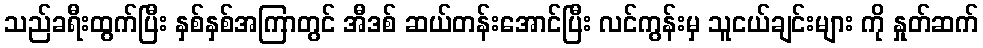
သည်ခရီးထွက်ပြီး နှစ်နှစ်အကြာတွင် အီဒစ် ဆယ်တန်းအောင်ပြီး လင်ကွန်းမှ သူငယ်ချင်းများ ကို နှုတ်ဆက်